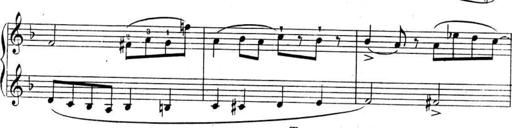
Title: Sonatines
Composer: Hedwige ChrÃ©tien